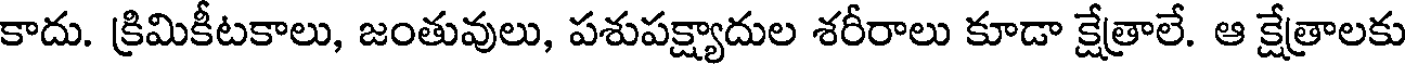
కాదు. క్రిమికీటకాలు, జంతువులు, పశుపక్ష్యాదుల శరీరాలు కూడా క్షేత్రాలే. ఆ క్షేత్రాలకు